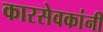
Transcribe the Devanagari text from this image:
कारसेवकांनी